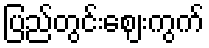
ပြည်တွင်းဈေးကွက်